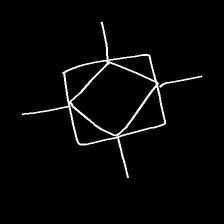
Glyph: light